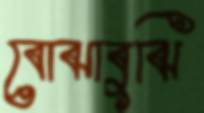
বোঝাবুঝি